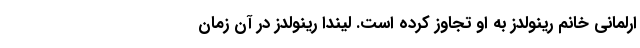
ارلمانی خانم رینولدز به او تجاوز کرده است. لیندا رینولدز در آن زمان